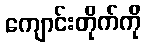
ကျောင်းတိုက်ကို